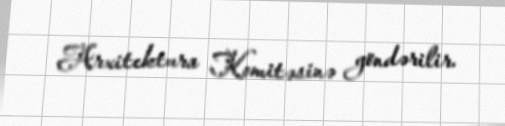
Arxitektura Komitəsinə göndərilir.